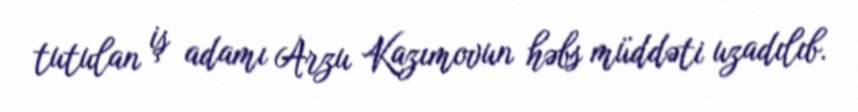
tutulan iş adamı Arzu Kazımovun həbs müddəti uzadılıb.